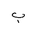
Letter: _ba